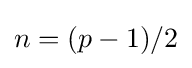
n=(p-1)/2